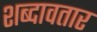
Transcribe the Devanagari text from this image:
शब्दावतार